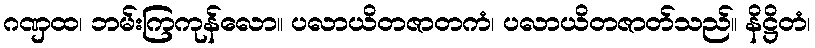
ဂဏှထ၊ ဘမ်းကြကုန်လော။ ပလာယိတဇာတကံ၊ ပလာယိတဇာတ်သည်။ နိဋ္ဌိတံ၊